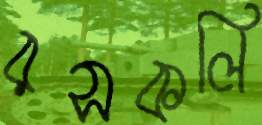
রসকলি